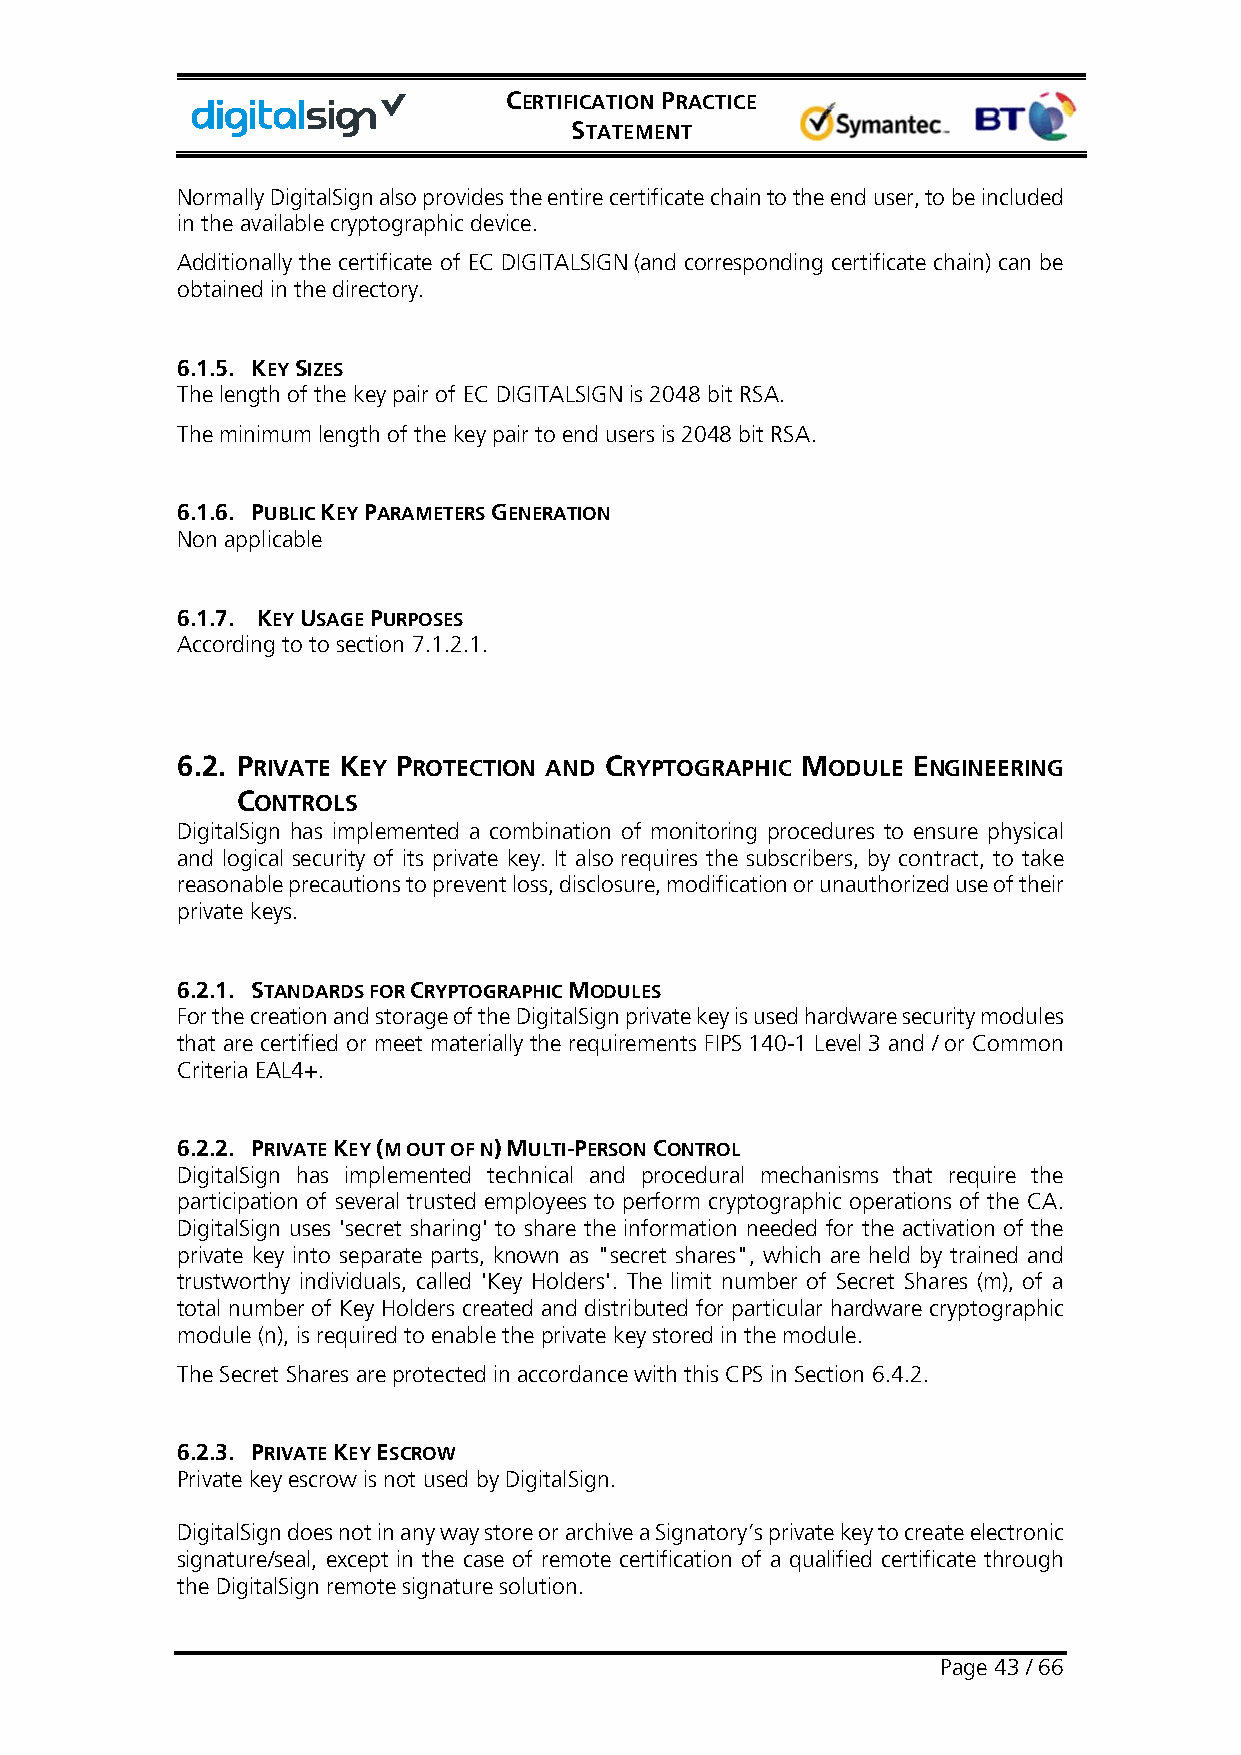
CERTIFICATION PRACTICE
 STATEMENT
 Normally DigitalSign also provides the entire certificate chain to the end user, to be included
 in the available cryptographic device.
 Additionally the certificate of EC DIGITALSIGN (and corresponding certificate chain) can be
 obtained in the directory.
 6.1.5. KEY SIZES
 The length of the key pair of EC DIGITALSIGN is 2048 bit RSA.
 The minimum length of the key pair to end users is 2048 bit RSA.
 6.1.6. PUBLIC KEY PARAMETERS GENERATION
 Non applicable
 6.1.7. KEY USAGE PURPOSES
 According to to section 7.1.2.1.
 6.2. PRIVATE KEY PROTECTION AND CRYPTOGRAPHIC MODULE ENGINEERING
 CONTROLS
 DigitalSign has implemented a combination of monitoring procedures to ensure physical
 and logical security of its private key. It also requires the subscribers, by contract, to take
 reasonable precautions to prevent loss, disclosure, modification or unauthorized use of their
 private keys.
 6.2.1. STANDARDS FOR CRYPTOGRAPHIC MODULES
 For the creation and storage of the DigitalSign private key is used hardware security modules
 that are certified or meet materially the requirements FIPS 140-1 Level 3 and / or Common
 Criteria EAL4+.
 6.2.2. PRIVATE KEY (M OUT OF N) MULTI-PERSON CONTROL
 DigitalSign has implemented technical and procedural mechanisms that require the
 participation of several trusted employees to perform cryptographic operations of the CA.
 DigitalSign uses 'secret sharing' to share the information needed for the activation of the
 private key into separate parts, known as "secret shares", which are held by trained and
 trustworthy individuals, called 'Key Holders'. The limit number of Secret Shares (m), of a
 total number of Key Holders created and distributed for particular hardware cryptographic
 module (n), is required to enable the private key stored in the module.
 The Secret Shares are protected in accordance with this CPS in Section 6.4.2.
 6.2.3. PRIVATE KEY ESCROW
 Private key escrow is not used by DigitalSign.
 DigitalSign does not in any way store or archive a Signatory’s private key to create electronic
 signature/seal, except in the case of remote certification of a qualified certificate through
 the DigitalSign remote signature solution.
 Page 43 / 66